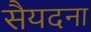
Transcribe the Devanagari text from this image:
सैयदना